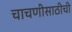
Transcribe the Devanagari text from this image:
चाचणीसाठीची